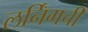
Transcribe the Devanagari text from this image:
लर्निंगची